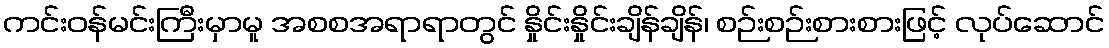
ကင်းဝန်မင်းကြီးမှာမူ အစစအရာရာတွင် နှိုင်းနှိုင်းချိန်ချိန်၊ စဉ်းစဉ်းစားစားဖြင့် လုပ်ဆောင်